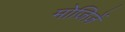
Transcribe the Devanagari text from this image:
मोजिज़ें